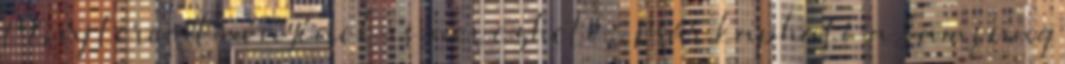
LG új teremtményének is nevezhető,. Már kapható a Samsung